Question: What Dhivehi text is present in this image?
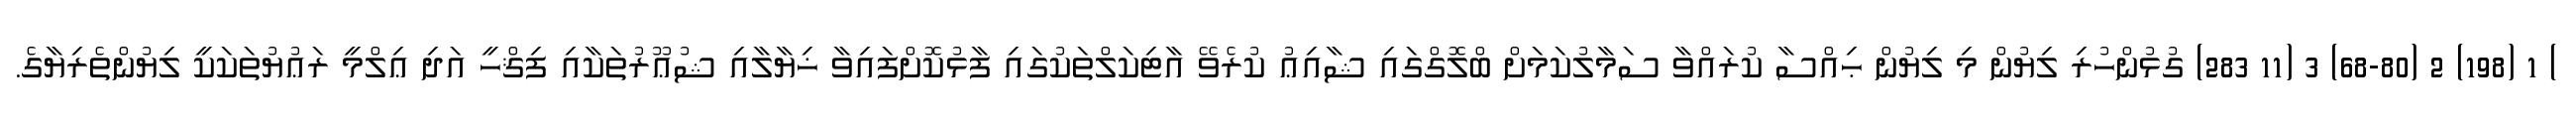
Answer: ) 1 (198) 2 (68-80) 3 (11 283) ގުޅުންހުރި ލިޔުން މި ލިޔުން ޙިއްސާ ކުރައްވާ ސަމާލުކަމަށް ބްލޮގްގައި ޝާއިޢު ކުރެވޭ އާޓިކަލްތަކުގައި ފާޅުކޮށްފައިވާ ޚިޔާލާއި ޝުޢޫރުތަކާއި ފިޤްހީ އަދި ޢިލްމީ ރަޢުޔުތަކަކީ ލިޔުންތެރިޔާގެ.